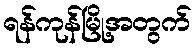
ရန်ကုန်မြို့အတွက်